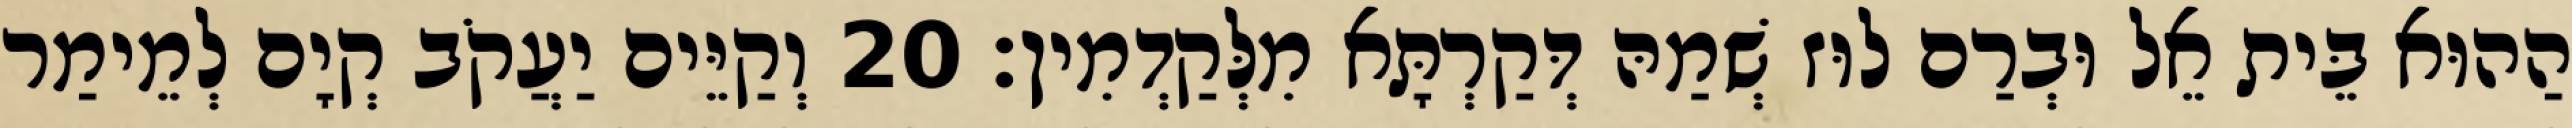
הַהוּא בֵּית אֵל וּבְרַם לוּז שְׁמַהּ דְּקַרְתָּא מִלְּקַדְמִין׃ 20 וְקַיֵּים יַעֲקֹב קְיָם לְמֵימַר